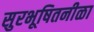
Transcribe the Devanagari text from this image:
सुरभूषितनीळा